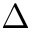
\Delta